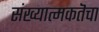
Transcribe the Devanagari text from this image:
संख्यात्मकतॆचा